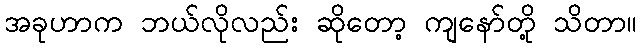
အခုဟာက ဘယ်လိုလည်း ဆိုတော့ ကျနော်တို့ သိတာ။